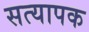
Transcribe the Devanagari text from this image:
सत्यापक